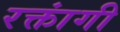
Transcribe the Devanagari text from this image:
रक्तांगी